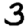
Digit: 3